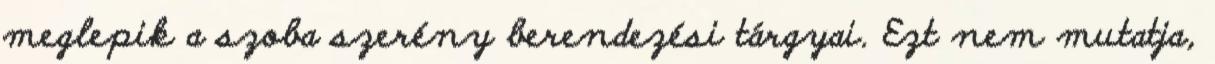
meglepik a szoba szerény berendezési tárgyai. Ezt nem mutatja,